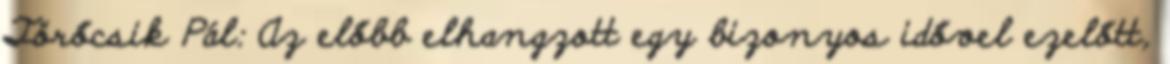
Törőcsik Pál: Az előbb elhangzott egy bizonyos idővel ezelőtt,